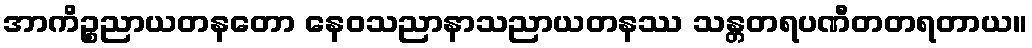
အာကိဉ္စညာယတနတော နေဝသညာနာသညာယတနဿ သန္တတရပဏီတတရတာယ။